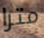
مترا